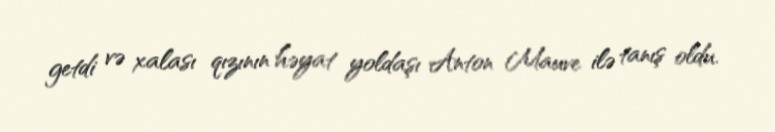
getdi və xalası qızının həyat yoldaşı Anton Mauve ilə tanış oldu.